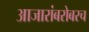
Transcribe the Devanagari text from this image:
आजारांबरोबरच